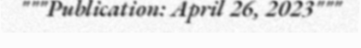
"""Publication: April 26, 2023"""